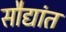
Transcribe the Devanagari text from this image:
सौद्यांत